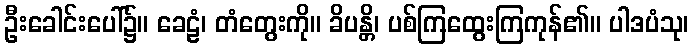
ဦးခေါင်းပေါ်၌။ ခေဠံ၊ တံတွေးကို။ ခိပန္တိ၊ ပစ်ကြထွေးကြကုန်၏။ ပါဒပံသု၊